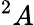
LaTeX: ^2A